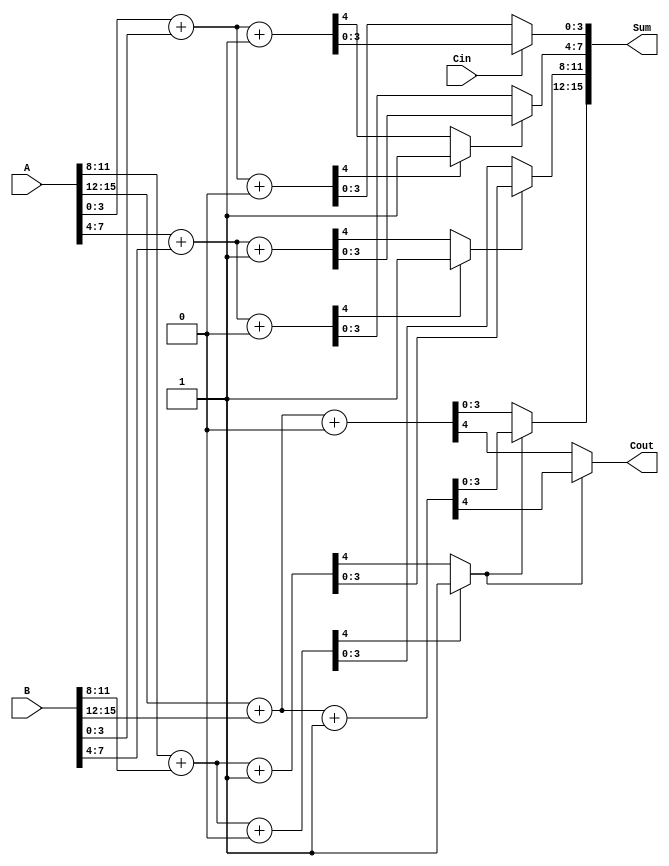
module DynamicCarrySelectAdder #(
    parameter N = 16,  // Total bit-width of the adder
    parameter M = 4    // Block size
) (
    input [N-1:0] A,   // First input
    input [N-1:0] B,   // Second input
    input Cin,         // Carry-in
    output [N-1:0] Sum,// Sum output
    output Cout        // Carry-out
);

    localparam NUM_BLOCKS = N / M; // Number of blocks
    wire [M-1:0] sum0[NUM_BLOCKS-1:0];  // Sums for carry-in = 0
    wire [M-1:0] sum1[NUM_BLOCKS-1:0];  // Sums for carry-in = 1
    wire carry0[NUM_BLOCKS-1:0]; // Carry-out for carry-in = 0
    wire carry1[NUM_BLOCKS-1:0]; // Carry-out for carry-in = 1
    wire carry_select[NUM_BLOCKS-1:0]; // Carry selection signals

    // Generate sums and carries for each block
    genvar i;
    generate
        for (i = 0; i < NUM_BLOCKS; i = i + 1) begin: block
            wire [M-1:0] A_block = A[M*i +: M];
            wire [M-1:0] B_block = B[M*i +: M];

            // Compute sums and carries for both scenarios
            assign {carry0[i], sum0[i]} = A_block + B_block + 1'b0; // Carry-in = 0
            assign {carry1[i], sum1[i]} = A_block + B_block + 1'b1; // Carry-in = 1

            // Select the appropriate carry based on previous carry
            if (i == 0) begin
                assign carry_select[i] = Cin;
            end else begin
                assign carry_select[i] = carry0[i-1] ? 1'b1 : carry1[i-1];
            end
        end
    endgenerate

    // Final sum and carry-out
    generate
        for (i = 0; i < NUM_BLOCKS; i = i + 1) begin: final_sum
            if (i == 0) begin
                assign Sum[M*i +: M] = carry_select[i] ? sum1[i] : sum0[i];
            end else begin
                assign Sum[M*i +: M] = carry_select[i] ? sum1[i] : sum0[i];
            end
        end
    endgenerate

    // Final carry-out from the last block
    assign Cout = carry_select[NUM_BLOCKS-1] ? carry1[NUM_BLOCKS-1] : carry0[NUM_BLOCKS-1];

endmodule